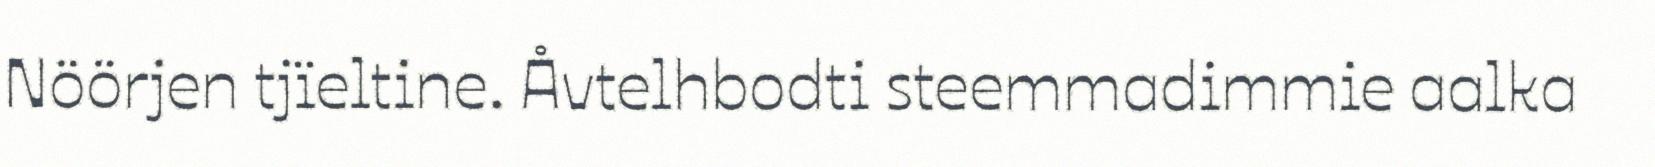
Nöörjen tjïeltine. Åvtelhbodti steemmadimmie aalka